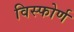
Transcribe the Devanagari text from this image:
विस्फोर्ण